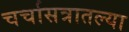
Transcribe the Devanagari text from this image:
चर्चासत्रातल्या